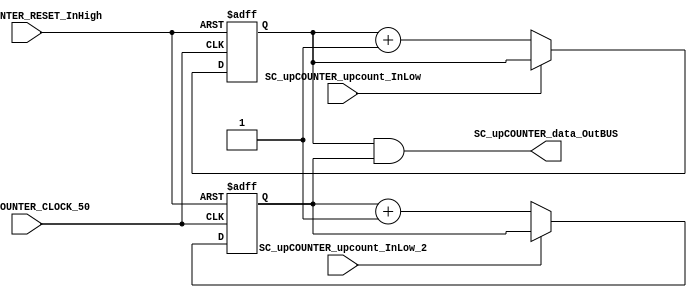
/*######################################################################
//#	G0B1T: HDL EXAMPLES. 2018.
//######################################################################
//# Copyright (C) 2018. F.E.Segura-Quijano (FES) fsegura@uniandes.edu.co
//# 
//# This program is free software: you can redistribute it and/or modify
//# it under the terms of the GNU General Public License as published by
//# the Free Software Foundation, version 3 of the License.
//#
//# This program is distributed in the hope that it will be useful,
//# but WITHOUT ANY WARRANTY; without even the implied warranty of
//# MERCHANTABILITY or FITNESS FOR A PARTICULAR PURPOSE.  See the
//# GNU General Public License for more details.
//#
//# You should have received a copy of the GNU General Public License
//# along with this program.  If not, see <http://www.gnu.org/licenses/>
//####################################################################*/
//=======================================================
//  MODULE Definition
//=======================================================
module SC_upCOUNTER #(parameter upCOUNTER_DATAWIDTH=8)(
	//////////// OUTPUTS //////////
	SC_upCOUNTER_data_OutBUS,
	//////////// INPUTS //////////
	SC_upCOUNTER_CLOCK_50,
	SC_upCOUNTER_RESET_InHigh,
	SC_upCOUNTER_upcount_InLow,
	SC_upCOUNTER_upcount_InLow_2
);
//=======================================================
//  PARAMETER declarations
//=======================================================

//=======================================================
//  PORT declarations
//=======================================================
output		[upCOUNTER_DATAWIDTH-1:0]	SC_upCOUNTER_data_OutBUS;
input		SC_upCOUNTER_CLOCK_50;
input		SC_upCOUNTER_RESET_InHigh;
input		SC_upCOUNTER_upcount_InLow;
input 	SC_upCOUNTER_upcount_InLow_2;	

//=======================================================
//  REG/WIRE declarations
//=======================================================
reg [upCOUNTER_DATAWIDTH-1:0] upCOUNTER_Register;
reg [upCOUNTER_DATAWIDTH-1:0] upCOUNTER_Signal;
reg [upCOUNTER_DATAWIDTH-1:0] upCOUNTER_Register_2;
reg [upCOUNTER_DATAWIDTH-1:0] upCOUNTER_Signal_2;
//=======================================================
//  Structural coding
//=======================================================
//INPUT LOGIC: COMBINATIONAL
always @(*)
begin
	if (SC_upCOUNTER_upcount_InLow == 1'b0)
		upCOUNTER_Signal = upCOUNTER_Register + 1'b1;
	else
		upCOUNTER_Signal = upCOUNTER_Register;
	end	
always @(*)
begin
	if (SC_upCOUNTER_upcount_InLow_2 == 1'b0)
		upCOUNTER_Signal_2 = upCOUNTER_Register_2 + 1'b1;
	else
		upCOUNTER_Signal_2 = upCOUNTER_Register_2;
	end
//STATE REGISTER: SEQUENTIAL
always @(posedge SC_upCOUNTER_CLOCK_50, posedge SC_upCOUNTER_RESET_InHigh)
begin
	if (SC_upCOUNTER_RESET_InHigh == 1'b1)
		upCOUNTER_Register <= 0;
	else
		upCOUNTER_Register <= upCOUNTER_Signal;
end
always @(posedge SC_upCOUNTER_CLOCK_50, posedge SC_upCOUNTER_RESET_InHigh)
begin
	if (SC_upCOUNTER_RESET_InHigh == 1'b1)
		upCOUNTER_Register_2 <= 0;
	else
		upCOUNTER_Register_2 <= upCOUNTER_Signal_2;
end
//=======================================================
//  Outputs
//=======================================================
//OUTPUT LOGIC: COMBINATIONAL
assign SC_upCOUNTER_data_OutBUS = upCOUNTER_Register & upCOUNTER_Register_2;

endmodule